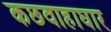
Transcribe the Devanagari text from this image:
कछवाहाघार